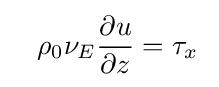
\;\;\;\rho _{0}\nu _{E}{\frac {\partial u}{\partial z}}=\tau _{x}\;